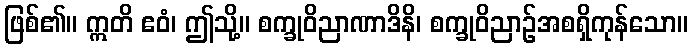
ဖြစ်၏။ ဣတိ ဧဝံ၊ ဤသို့။ စက္ခုဝိညာဏာဒိနိ၊ စက္ခုဝိညာဉ်အစရှိကုန်သော။